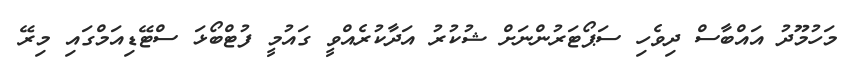
މަހުމޫދު އައްބާސް ދިވެހި ސަޕޯޓަރުންނަށް ޝުކުރު އަދާކުރެއްވީ ގައުމީ ފުޓްބޯޅަ ސްޓޭޑިއަމްގައި މިރޭ